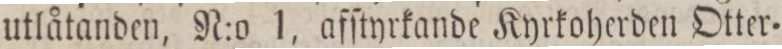
utlåtanden, N:o 1, afſtyrkande Kyrkoherden Otter=